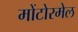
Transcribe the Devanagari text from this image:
मोंटोरमेल